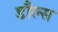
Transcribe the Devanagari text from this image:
डौल्स